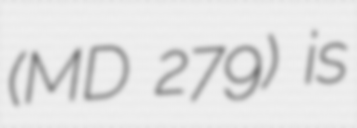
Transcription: (MD 279) is